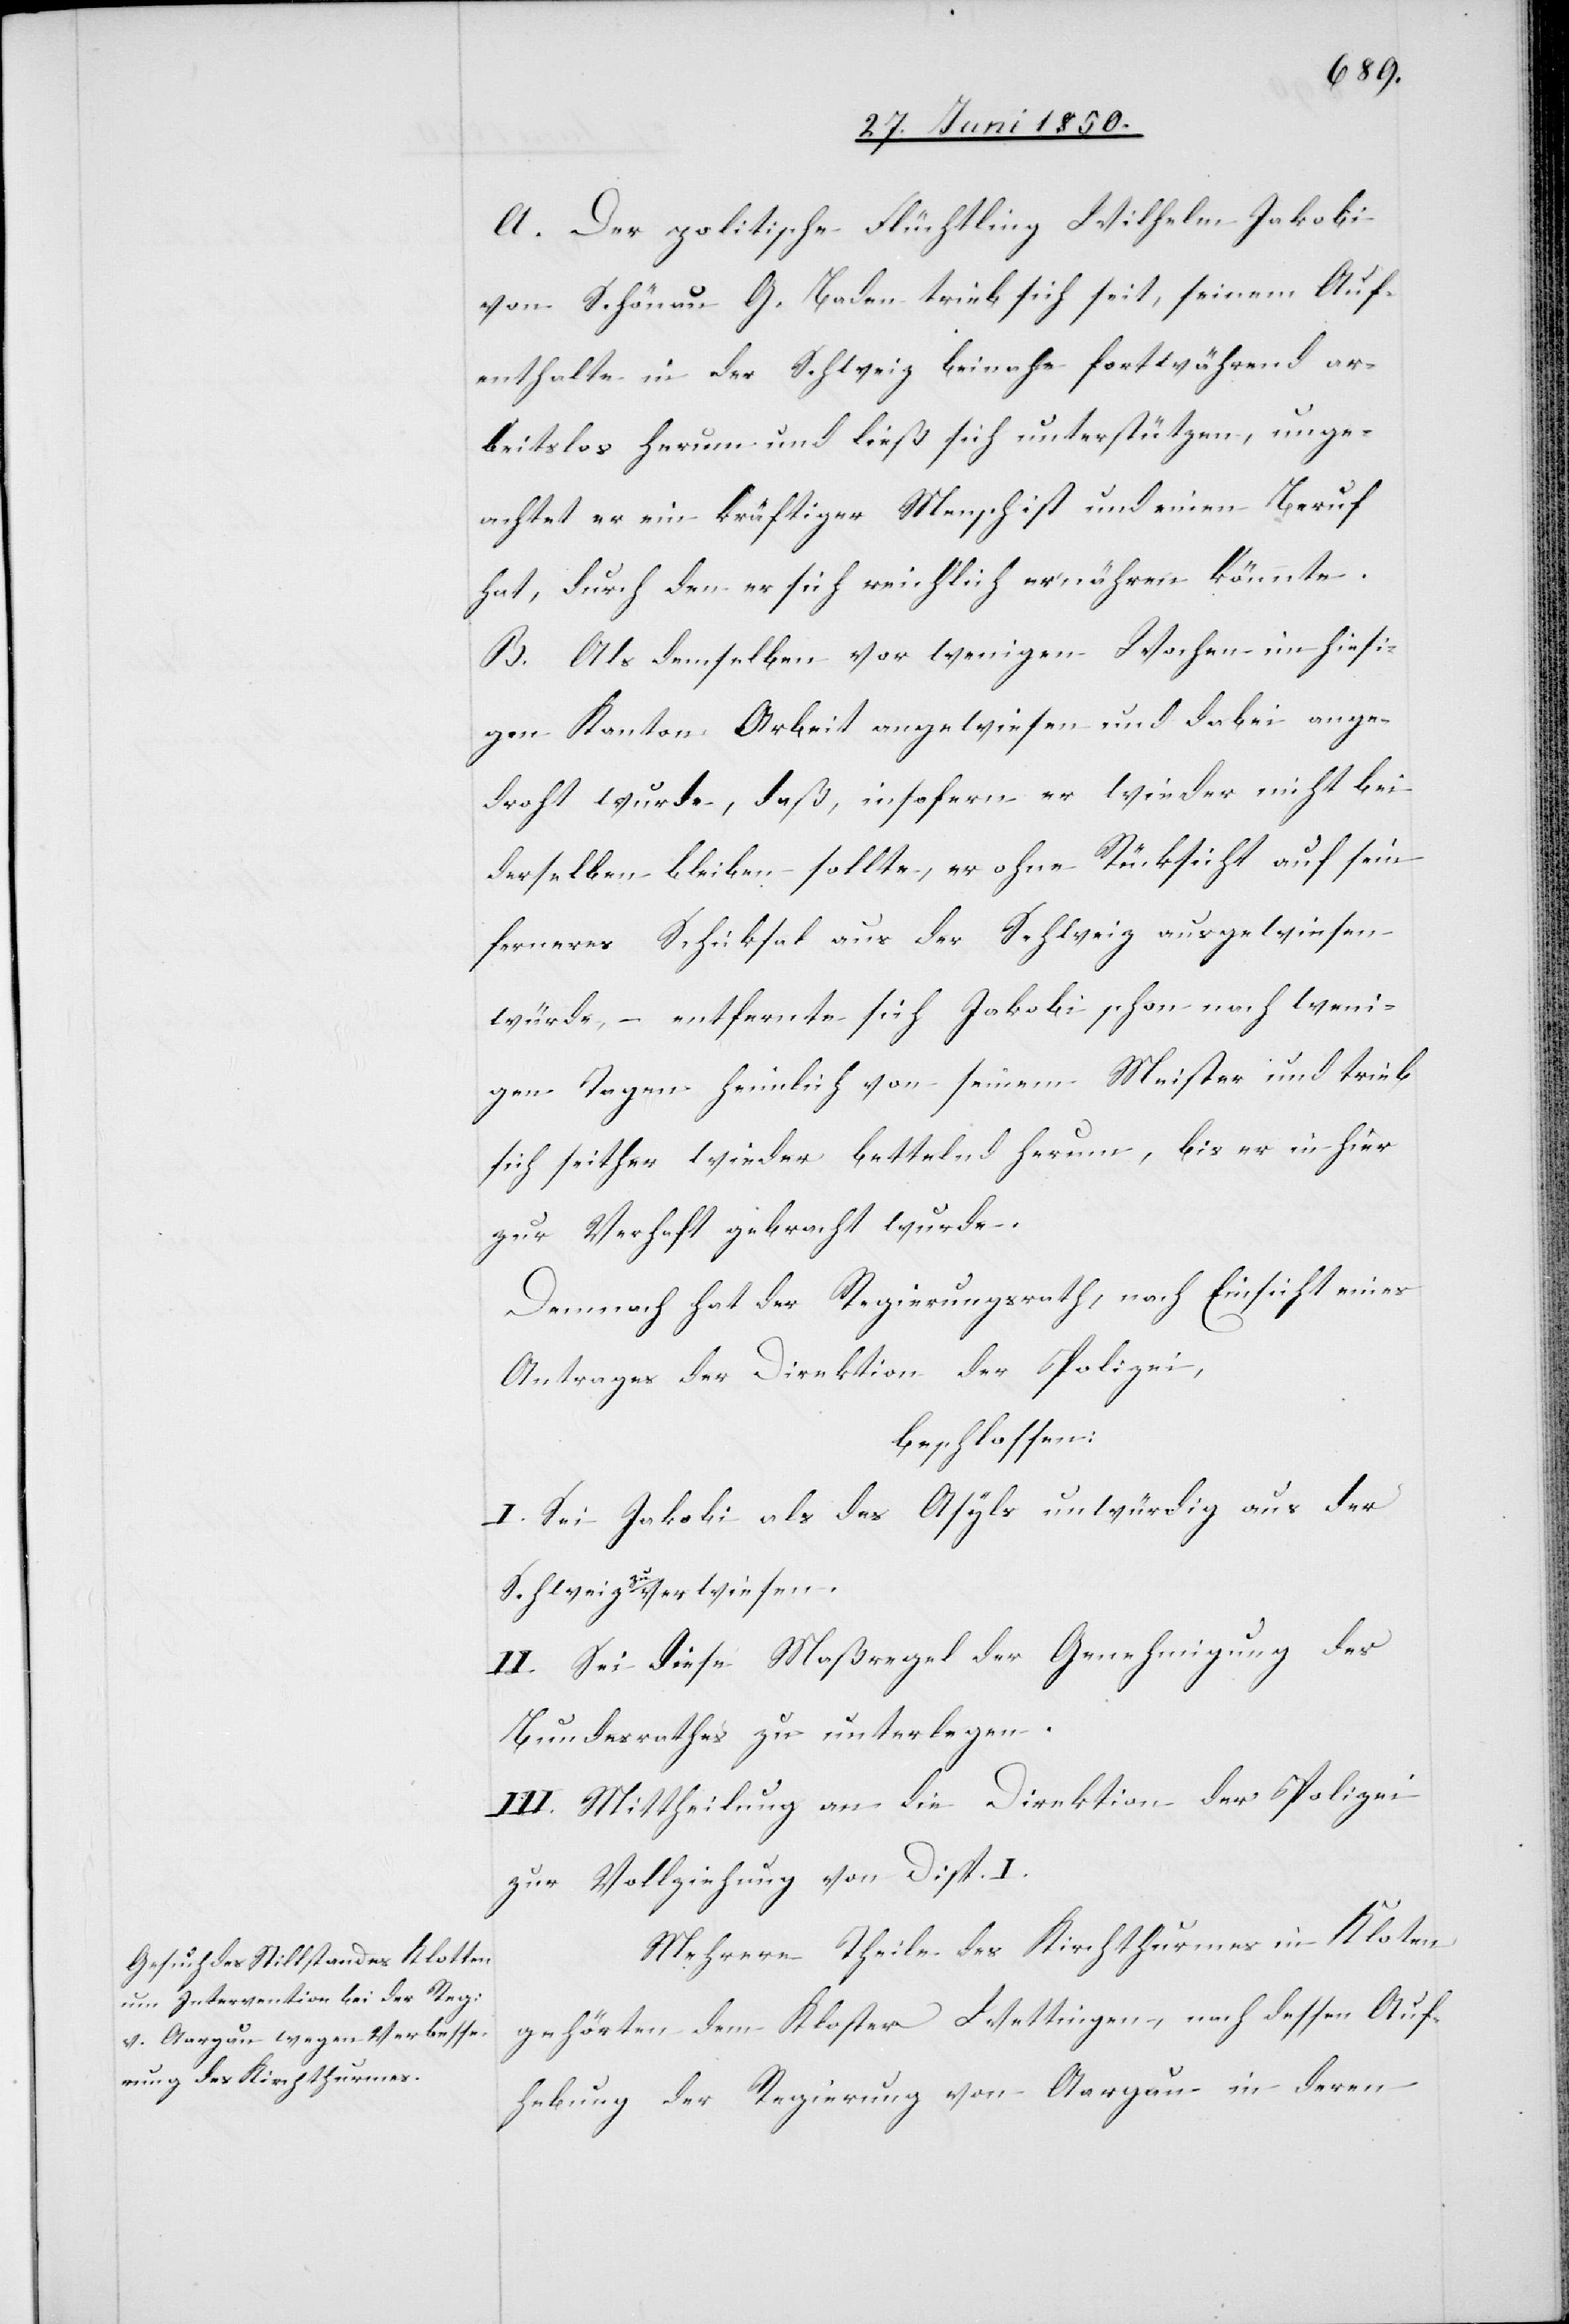
A. Der politische Flüchtling Wilhelm Jakobi
von Schönau G. Baden trieb sich seit, seinem Auf¬
enthalte in der Schweiz beinahe fortwährend ar¬
beitslos herum und ließ sich unterstützen, unge¬
achtet er ein kräftiger Mensch ist und einen Beruf
hat, durch den er sich reichlich ernähren könnte.
B. Als demselben vor wenigen Wochen im hiesi¬
gen Kanton Arbeit angewiesen und dabei ange¬
droht wurde, daß, insofern er wieder nicht bei
derselben bleiben sollte, er ohne Rücksicht auf sein
ferneres Schicksal aus der Schweiz ausgewiesen
würde, – entfernte sich Jakobi schon nach weni¬
gen Tagen heimlich von seinem Meister und trieb
sich seither wieder bettelnd herum, bis er in hier
zur Verhaft gebracht wurde.
Demnach hat der Regierungsrath, nach Einsicht eines
Antrages der Direktion der Polizei,
beschlossen:
I. Sei Jakobi als des Asyls unwürdig aus der
Schweiz zu verwiesen
II. Sei diese Maßregel der Genehmigung des
Bundesrathes zu unterlegen.
III. Mittheilung an die Direktion der Polizei
zur Vollziehung von Disp. I.
Mehrere Theile des Kirchthurmes in Kloten
gehörten dem Kloster Wettingen, nach dessen Auf¬
hebung der Regierung von Aargau in deren